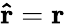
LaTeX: \mathbf{\hat{r}}=\mathbf{r}\,